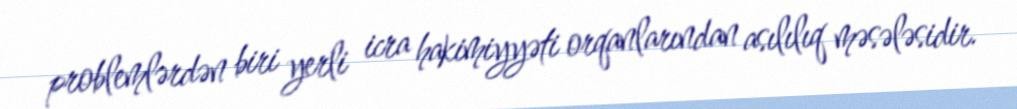
problemlərdən biri yerli icra hakimiyyəti orqanlarından asılılıq məsələsidir.